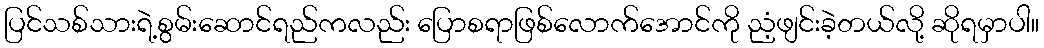
ပြင်သစ်သားရဲ့စွမ်းဆောင်ရည်ကလည်း ပြောစရာဖြစ်လောက်အောင်ကို ညံ့ဖျင်းခဲ့တယ်လို့ ဆိုရမှာပါ။